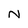
Character: N